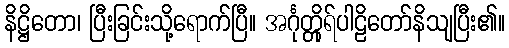
နိဋ္ဌိတော၊ ပြီးခြင်းသို့ရောက်ပြီ။ အင်္ဂုတ္တိုရ်ပါဠိတော်နိသျပြီး၏။